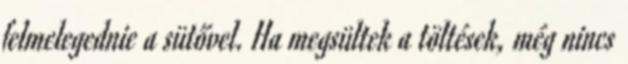
felmelegednie a sütővel. Ha megsültek a töltések, még nincs